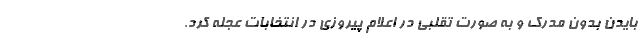
بایدن بدون مدرک و به صورت تقلبی در اعلام پیروزی در انتخابات عجله کرد.